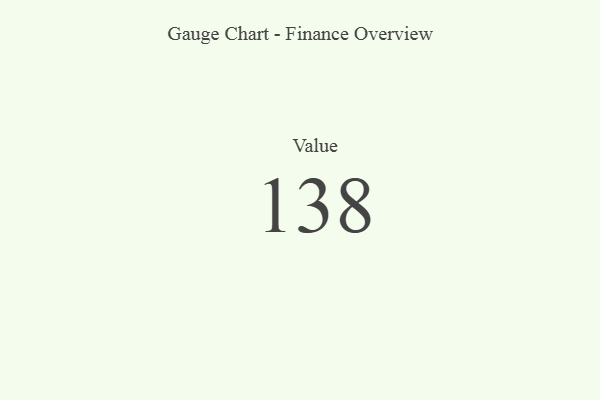
{"axis": {"x": "Metric", "y": "Value"}, "legend": [""], "data": [{"x": "Value", "y": 138, "type": ""}]}